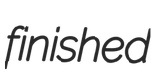
finished